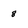
Character: 8